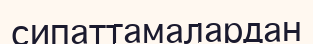
сипаттамалардан